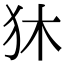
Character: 狇